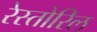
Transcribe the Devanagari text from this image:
रेस्तोरिल